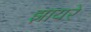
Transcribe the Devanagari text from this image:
झायरे